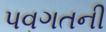
પવગતની